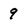
Character: 9